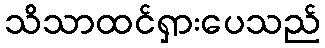
သိသာထင်ရှားပေသည်